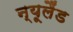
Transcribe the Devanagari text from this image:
न्‍यूलैंड